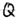
Text: Q